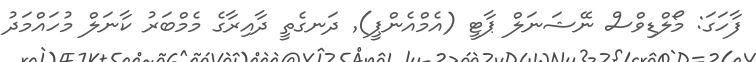
ފާހަގަ: މޯލްޑިވްސް ނޭޝަނަލް ޕާޓީ (އެމްއެންޕީ)